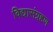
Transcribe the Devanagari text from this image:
विद्यासंग्रहण